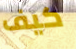
كيف